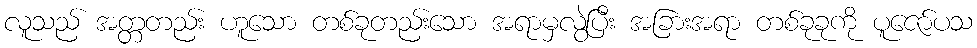
လူသည် အတ္တတည်း ဟူသော တစ်ခုတည်းသော အရာမှလွဲပြီး အခြားအရာ တစ်ခုခုကို ပူဇော်ပသ